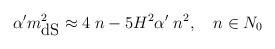
\begin{align*}\alpha'm^2_{\mbox{dS}}\approx 4\;n-5H^2\alpha'\;n^2,\quad n\in N_{0}\end{align*}